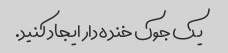
یک جوک خنده دار ایجاد کنید.